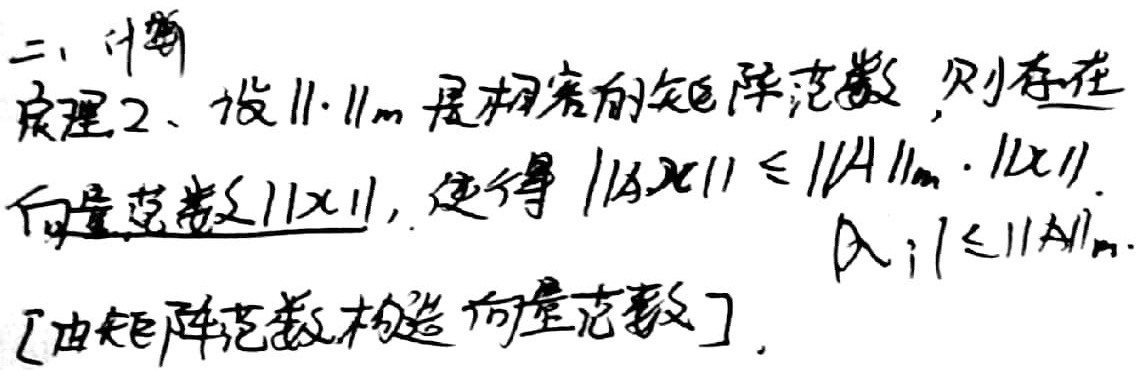
二、计算

定理2、设$\|\cdot\|_{m}$是相容的矩阵范数，则存在向量范数$\|x\|$，使得
\[\|Ax\| \leq \|A\|_{m} \cdot \|x\|, \quad \forall A; 1 \leq \|A\|_{m}\]
[由矩阵范数构造向量范数]。